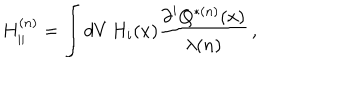
H _ { | | } ^ { ( n ) } = \int d V \, H _ { i } ( x ) \frac { { \partial } ^ { i } Q ^ { * ( n ) } ( x ) } { \lambda ( n ) } \, ,